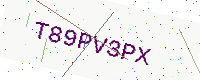
Text: T89PV3PX